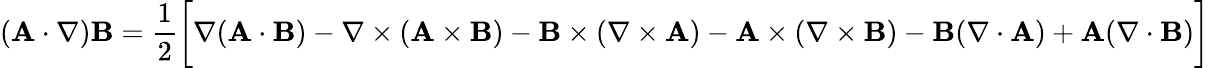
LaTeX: (\mathbf{A}\cdot\nabla)\mathbf{B}={\frac{1}{2}}{\bigg[}\nabla(\mathbf{A}\cdot\mathbf{B})-\nabla\times(\mathbf{A}\times\mathbf{B})-\mathbf{B}\times(\nabla\times\mathbf{A})-\mathbf{A}\times(\nabla\times\mathbf{B})-\mathbf{B}(\nabla\cdot\mathbf{A})+\mathbf{A}(\nabla\cdot\mathbf{B}){\bigg]}